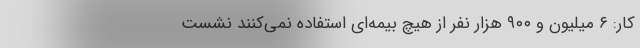
کار: ۶ میلیون و ۹۰۰ هزار نفر از هیچ بیمه‌ای استفاده نمی‌کنند نشست